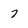
Character: 7